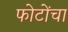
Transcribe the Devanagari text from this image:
फोटोंचा